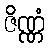
ဇိဏ္ဏံ